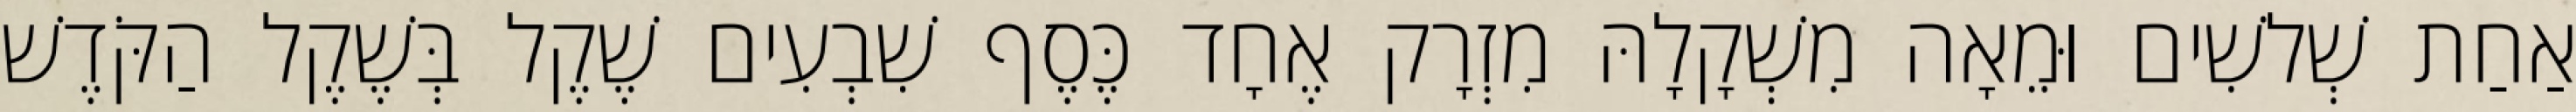
אַחַת שְׁלשִׁים וּמֵאָה מִשְׁקָלָהּ מִזְרָק אֶחָד כֶּסֶף שִׁבְעִים שֶׁקֶל בְּשֶׁקֶל הַקֹּדֶשׁ